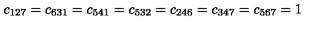
c _ { 1 2 7 } = c _ { 6 3 1 } = c _ { 5 4 1 } = c _ { 5 3 2 } = c _ { 2 4 6 } = c _ { 3 4 7 } = c _ { 5 6 7 } = 1